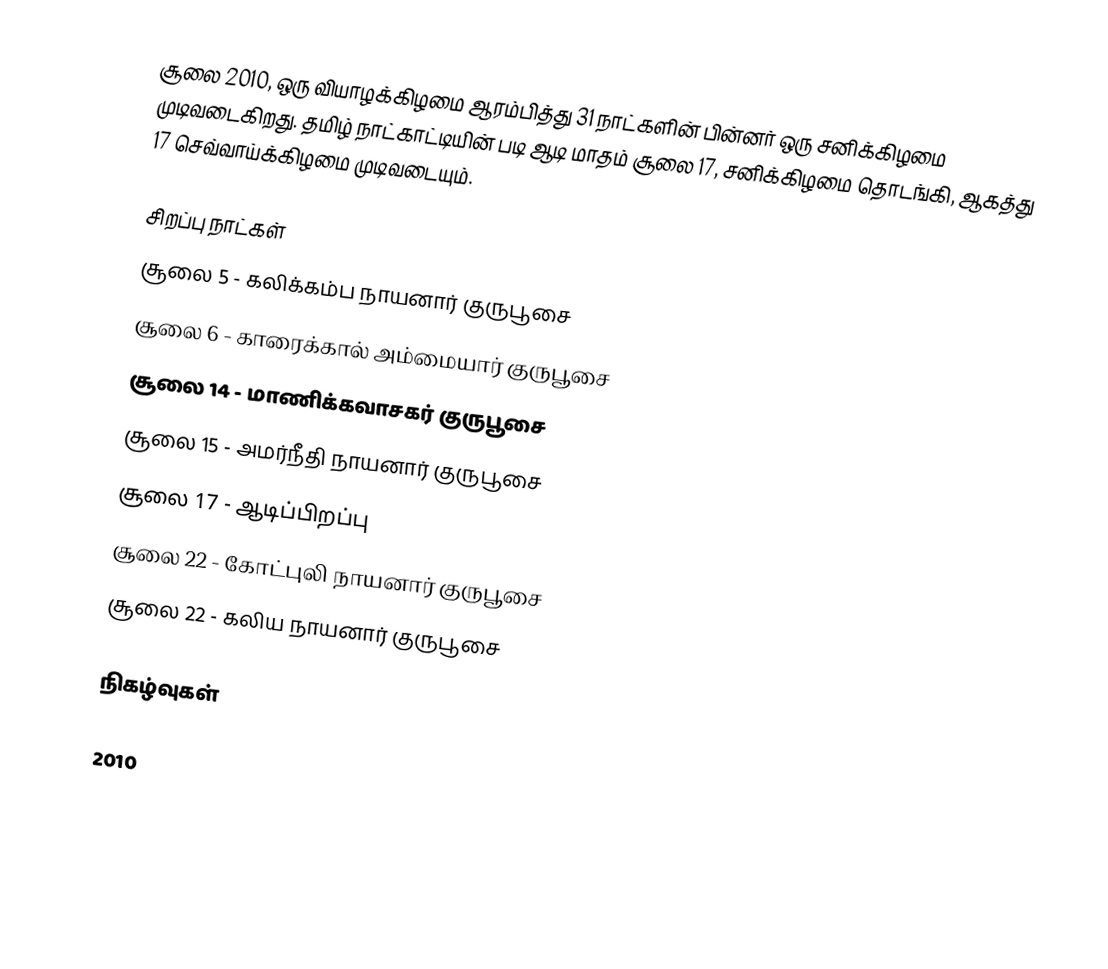
சூலை 2010, ஒரு வியாழக்கிழமை ஆரம்பித்து 31 நாட்களின் பின்னர் ஒரு சனிக்கிழமை முடிவடைகிறது. தமிழ் நாட்காட்டியின் படி ஆடி மாதம் சூலை 17, சனிக்கிழமை தொடங்கி, ஆகத்து 17 செவ்வாய்க்கிழமை முடிவடையும்.

சிறப்பு நாட்கள்
 சூலை 5 - கலிக்கம்ப நாயனார் குருபூசை
 சூலை 6 - காரைக்கால் அம்மையார் குருபூசை
 சூலை 14 - மாணிக்கவாசகர் குருபூசை
 சூலை 15 - அமர்நீதி நாயனார் குருபூசை
 சூலை 17 - ஆடிப்பிறப்பு
 சூலை 22 - கோட்புலி நாயனார் குருபூசை
 சூலை 22 - கலிய நாயனார் குருபூசை

நிகழ்வுகள்

2010